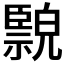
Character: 𦣲